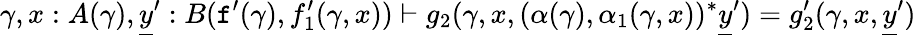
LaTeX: \gamma,x:A(\gamma),\underline{{y}}^{\prime}:B(\textnormal{\texttt{f}}^{\prime}(\gamma),f_{1}^{\prime}(\gamma,x))\vdash g_{2}(\gamma,x,(\alpha(\gamma),\alpha_{1}(\gamma,x))^{*}\underline{{y}}^{\prime})=g_{2}^{\prime}(\gamma,x,\underline{{y}}^{\prime})